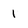
Character: I